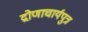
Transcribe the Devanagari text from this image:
द्रोणाचार्यपुत्र